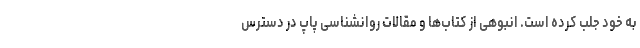
به خود جلب کرده است. انبوهی از کتاب‌ها و مقالات روانشناسی پاپ در دسترس